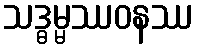
သဒ္ဓမ္မဿဝနဿ